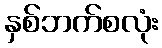
နှစ်ဘက်စလုံး